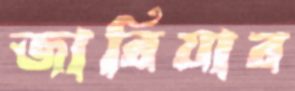
জারিয়ার